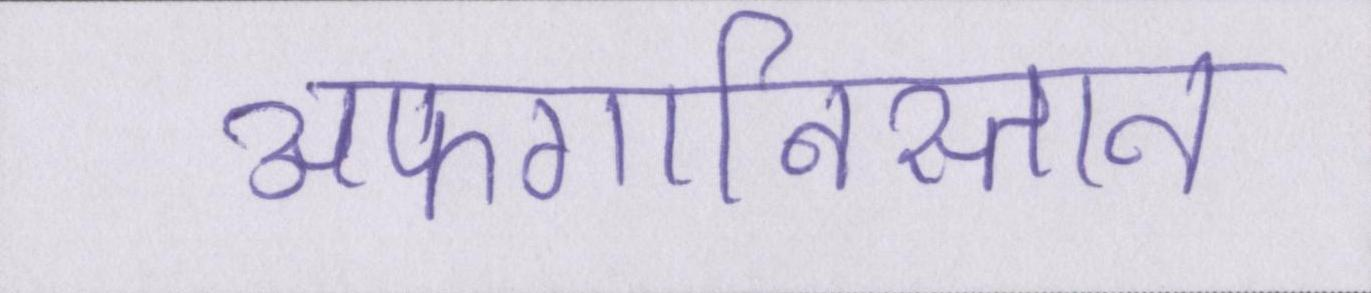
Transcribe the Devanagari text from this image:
अफगानिस्तान